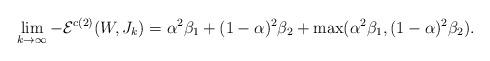
LaTeX: \begin{align*}\lim_{k \to \infty} -\mathcal{E}^{c(2)}(W,J_k) = \alpha^2\beta_1 + (1-\alpha)^2\beta_2 + \max(\alpha^2\beta_1, (1-\alpha)^2\beta_2).\end{align*}